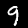
Label: 9